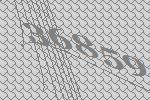
36859